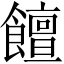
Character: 饘